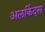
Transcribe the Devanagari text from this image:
अलकिंदस